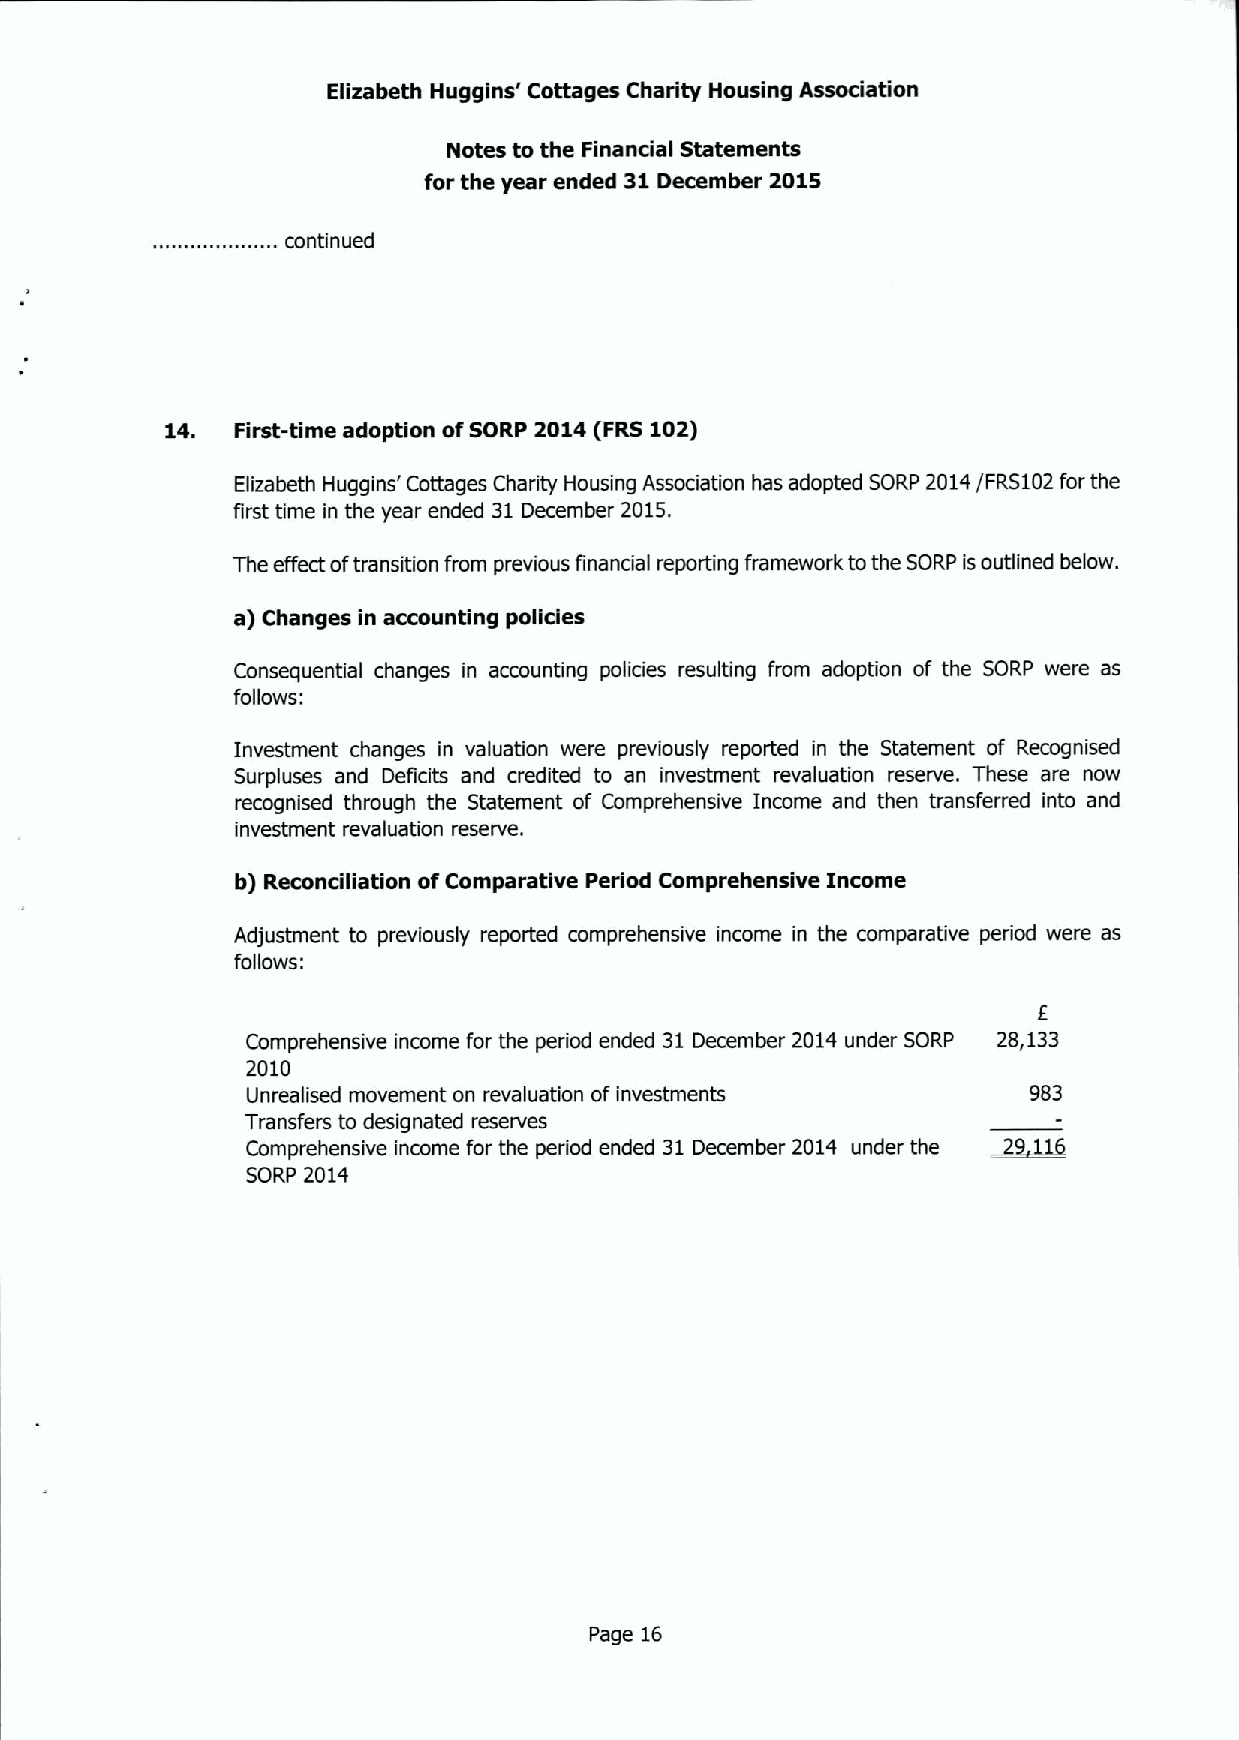
Elizabeth Huggins' Cottages Charity Housing Association
 Notes to the Finandal Statements
 for the year ended 31December 2015
 ...
 continued
 14. First-time adoption ofSORP 2014(FRS 102)
 Elizabeth Huggins' Cottages Charity Housing Association has adopted SORP 2014/FRS102 for the
 first time in the year ended 31December 2015.
 The effect oftransition from previous financial reporting framework tothe SORP isoutlined below.
 a) Changes in accounting policies
 Consequential changes in accounting policies resulting from adoption of the SORP were as
 follows:
 Investment changes in valuation were previously reported in the Statement of Recognised
 Surpluses and Deficits and credited to an investment revaluation reserve. These are now
 recognised through the Statement of Comprehensive Income and then transferred into and
 investment revaluation reserve.
 b) Recondliation ofComparative Period Comprehensive Income
 Adjustment to previously reported comprehensive income in the comparative period were as
 follows:
 I
 Comprehensive income for the period ended 31December 2014 under SORP 28,133
 2010
 Unrealised movement on revaluation ofinvestments    983
 Transfers to designated reserves
 Comprehensive income for the period ended 31December 2014 under the
 SORP 2014
 Page 16